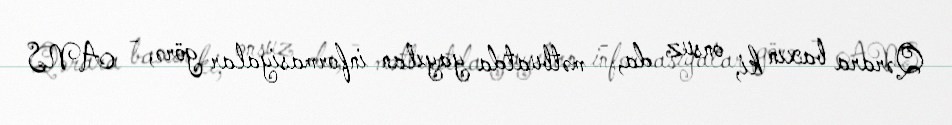
Qərara baxın ki, onsuz da, - mətbuatda yayılan informasiyalar görə, - ANS